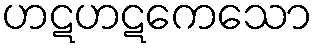
ဟဋဟဋကေသော